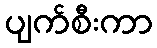
ပျက်စီးကာ